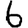
Digit: 6